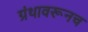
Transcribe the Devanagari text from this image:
ग्रंथावरूनच